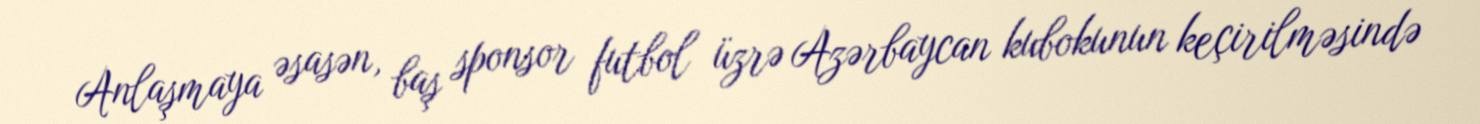
Anlaşmaya əsasən, baş sponsor futbol üzrə Azərbaycan kubokunun keçirilməsində